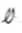
لا